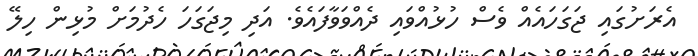
އެރަށުގައި ޖަގަހައެއް ވެސް ހުޅުއްވައި ދެއްވަވާފައެވެ. އަދި މިޖަގަހަ ހެދުމަށް މުޅިން ހިލޭ